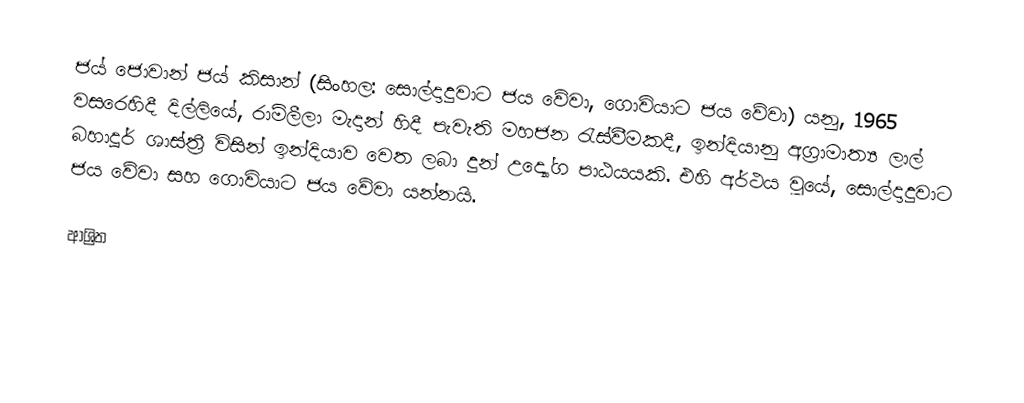
ජය් ජොවාන් ජය් කිසාන් (සිංහල: සොල්දාදුවාට ජය වේවා, ගොවියාට ජය වේවා) යනු, 1965 වසරෙහිදී දිල්ලියේ, රාම්ලීලා මැදාන් හිදී පැවැති මහජන රැස්වීමකදී, ඉන්දියානු අග්‍රාමාත්‍ය  ලාල් බහාදූර් ශාස්ත්‍රී විසින් ඉන්දියාව වෙත ලබා දුන් උද්‍යෝග පාඨයයකි. එහි අර්ථය වූයේ,  සොල්දාදුවාට ජය වේවා සහ ගොවියාට ජය වේවා යන්නයි.

ආශ්‍රිත